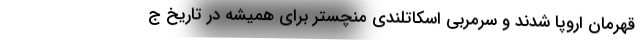
قهرمان اروپا شدند و سرمربی اسکاتلندی منچستر برای همیشه در تاریخ ج